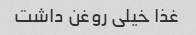
غذا خیلی روغن داشت